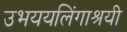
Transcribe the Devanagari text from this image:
उभययलिंगाश्रयी